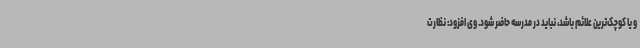
و یا کوچک‌ترین علائم باشد، نباید در مدرسه حاضر شود. وی افزود: نظارت